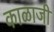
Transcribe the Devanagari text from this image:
काळाजी